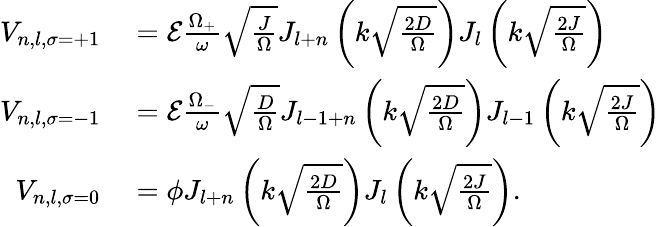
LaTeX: \begin{array}{rl}{V_{n,l,\sigma=+1}}&{{}=\mathcal{E}\frac{\Omega_{+}}{\omega}\sqrt{\frac{J}{\Omega}}J_{l+n}\left(k\sqrt{\frac{2D}{\Omega}}\right)J_{l}\left(k\sqrt{\frac{2J}{\Omega}}\right)}\\ {V_{n,l,\sigma=-1}}&{{}=\mathcal{E}\frac{\Omega_{-}}{\omega}\sqrt{\frac{D}{\Omega}}J_{l-1+n}\left(k\sqrt{\frac{2D}{\Omega}}\right)J_{l-1}\left(k\sqrt{\frac{2J}{\Omega}}\right)}\\ {V_{n,l,\sigma=0}}&{{}=\phi J_{l+n}\left(k\sqrt{\frac{2D}{\Omega}}\right)J_{l}\left(k\sqrt{\frac{2J}{\Omega}}\right).}\end{array}